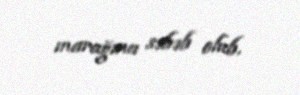
marağına səbəb olub.